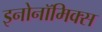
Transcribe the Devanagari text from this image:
इनोनॉमिक्स